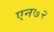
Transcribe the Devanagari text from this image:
एन७२